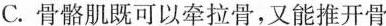
C. 骨骼肌既可以牵拉骨，又能推开骨